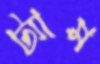
ট্যাম